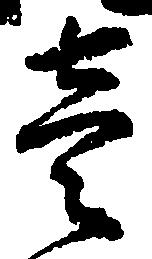
壱